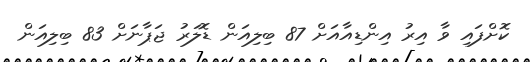
ކޮށްފައި ވާ އިރު އިންޑިއާއަށް 87 ބިލިއަން ޑޮލަރު ޖަޕާނަށް 83 ބިލިއަން